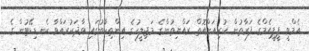
އެމްވީ ޕީޕީއެމްގެ ފަރާތުން ކުރިއަށްއޮތް ރައްޔިތުންގެ މަޖިލީހުގެ އިންތިހާބުގައި ވާދަކުރައްވާ ކެނޑިޑޭޓުން ގެ